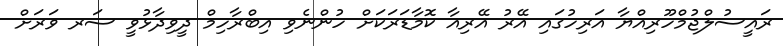
ރައީސުލްޖުމްހޫރިއްޔާ އަރިހުގައި އޭރު އޭރިއާ ކޮމާޑަރަކަށް ހުންނެވި އިބްރާހިމް ދީވިދާޅުވީ ސަރ ވަރަށް